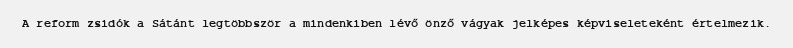
A reform zsidók a Sátánt legtöbbször a mindenkiben lévő önző vágyak jelképes képviseleteként értelmezik.